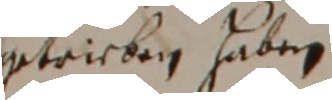
getrieben haben.